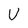
Character: U